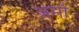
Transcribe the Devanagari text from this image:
अर्मा